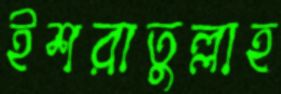
ইশরাতুল্লাহ